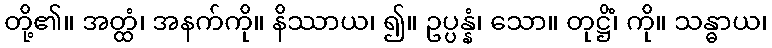
တို့၏။ အတ္ထံ၊ အနက်ကို။ နိဿာယ၊ ၍။ ဥပ္ပန္နံ၊ သော။ တုဋ္ဌိံ၊ ကို။ သန္ဓာယ၊